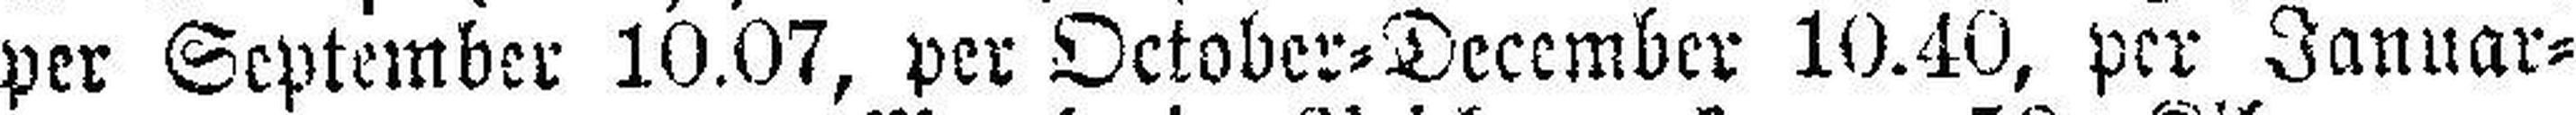
per September 10.07, per October=December 10.40, per Januar=